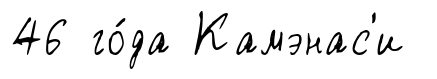
46 го́да Камэнас'и